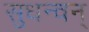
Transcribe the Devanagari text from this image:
सुधन्वन्‌